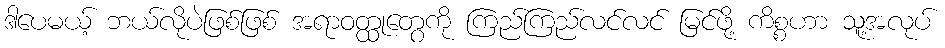
ဒါပေမယ့် ဘယ်လိုပဲဖြစ်ဖြစ် အရာဝတ္ထုတွေကို ကြည်ကြည်လင်လင် မြင်ဖို့ ကိစ္စဟာ သူ့အလုပ်